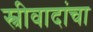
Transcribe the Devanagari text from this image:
स्त्रीवादांचा